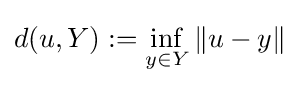
d(u,Y):=\inf _{y\in Y}\|u-y\|